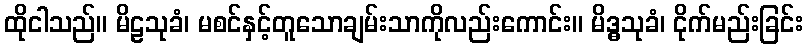
ထိုငါသည်။ မိဠသုခံ၊ မစင်နှင့်တူသောချမ်းသာကိုလည်းကောင်း။ မိဒ္ဓသုခံ၊ ငိုက်မည်းခြင်း